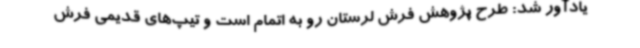
یادآور شد: طرح پژوهش فرش لرستان رو به اتمام است و تیپ‌های قدیمی فرش